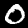
Label: 0